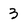
Character: 3